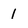
Character: 1